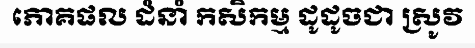
ភោគផល ដំនាំ កសិកម្ម ដូដូចជា ស្រូវ